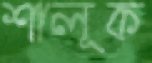
শালূক